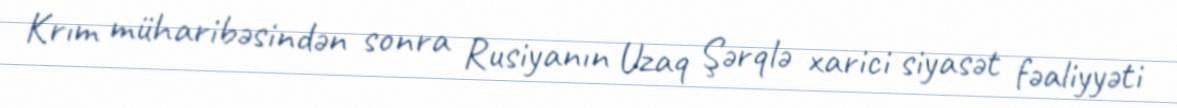
Krım müharibəsindən sonra Rusiyanın Uzaq Şərqlə xarici siyasət fəaliyyəti